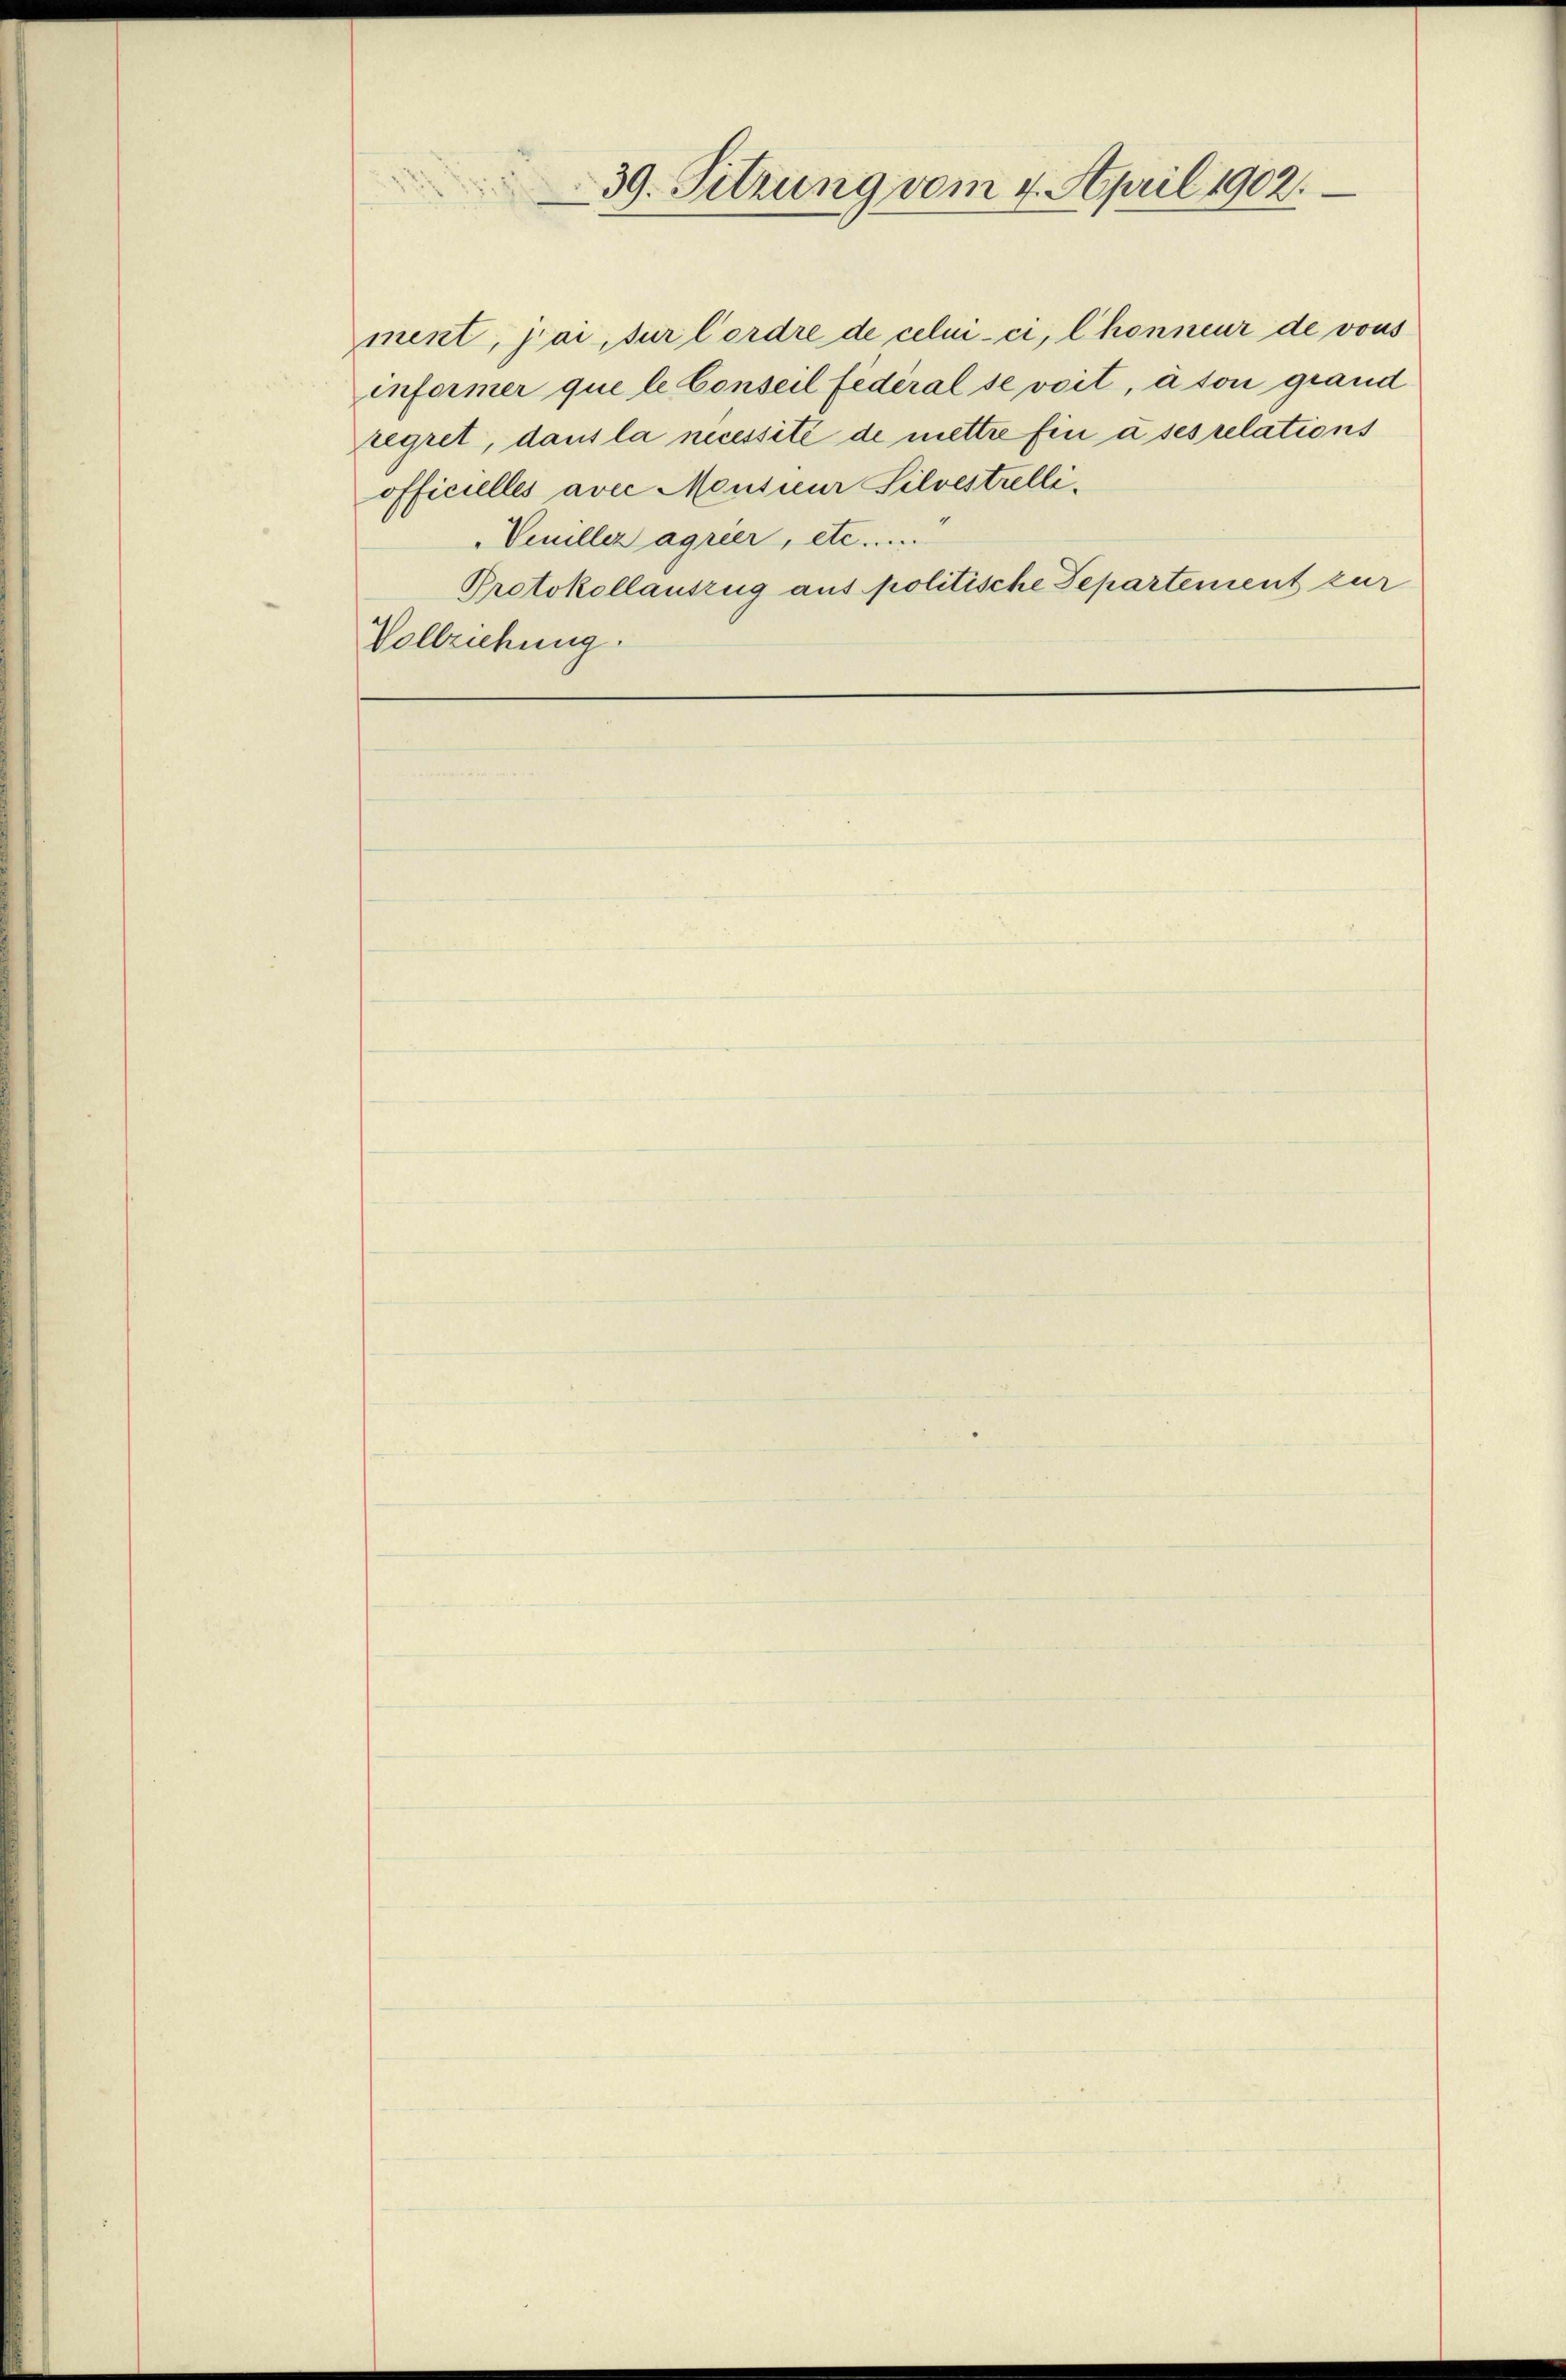
39. Sitzung vom 7. April 1902.

regret, dans la necessité de mettre Ein u ses relations
officielles avec Monsieur Silvestelli¬
Veniller agrier, etc. ....
Protokollauszug aus politische Departement zur
Vollziehung.

ment, pai, sur l’ordre de celui-ci, Chonneur de vous
informer que le Conseil fédéral se voit, à son grand